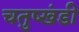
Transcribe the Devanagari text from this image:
चतुष्खंडी